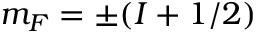
m _ { F } = \pm ( I + 1 / 2 )